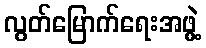
လွတ်မြောက်ရေးအဖွဲ့